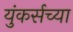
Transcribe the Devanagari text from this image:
युंकर्सच्या